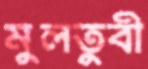
মুলতুবী